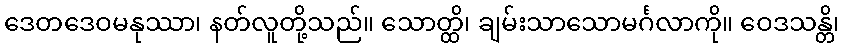
ဒေတဒေဝမနုဿာ၊ နတ်လူတို့သည်။ သောတ္ထိ၊ ချမ်းသာသောမင်္ဂလာကို။ ဝေဒသန္တိ၊